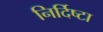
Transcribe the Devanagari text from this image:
निर्दिष्टा